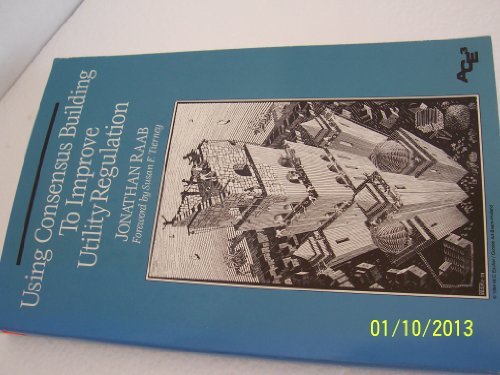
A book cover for Using Consensus Building to Improve Utility Regulation (Aceee Books on Energy Policy and Energy Efficiency); Jonathan Raab; Law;